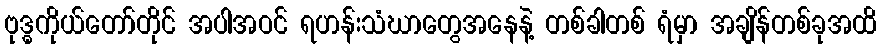
ဗုဒ္ဓကိုယ်တော်တိုင် အပါအဝင် ရဟန်းသံဃာတွေအနေနဲ့ တစ်ခါတစ် ရံမှာ အချိန်တစ်ခုအထိ